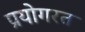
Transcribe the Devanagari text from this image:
प्रयोगरत